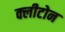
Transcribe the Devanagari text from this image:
क्‍लीटोन